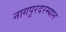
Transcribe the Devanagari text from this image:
नागपूरदरम्यान